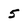
Character: 5